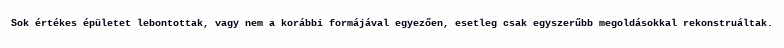
Sok értékes épületet lebontottak, vagy nem a korábbi formájával egyezően, esetleg csak egyszerűbb megoldásokkal rekonstruáltak.